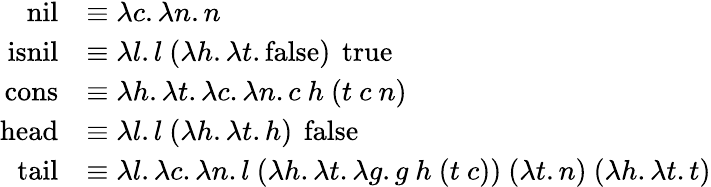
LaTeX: {\begin{array}{rl}{\operatorname{nil}}&{\equiv\lambda c.\lambda n.n}\\ {\operatorname{isnil}}&{\equiv\lambda l.l\ (\lambda h.\lambda t.\operatorname{false})\ \operatorname{true}}\\ {\operatorname{cons}}&{\equiv\lambda h.\lambda t.\lambda c.\lambda n.c\ h\ (t\ c\ n)}\\ {\operatorname{head}}&{\equiv\lambda l.l\ (\lambda h.\lambda t.h)\ \operatorname{false}}\\ {\operatorname{tail}}&{\equiv\lambda l.\lambda c.\lambda n.l\ (\lambda h.\lambda t.\lambda g.g\ h\ (t\ c))\ (\lambda t.n)\ (\lambda h.\lambda t.t)}\end{array}}